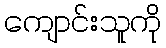
ကျောင်းသူကို